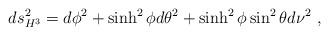
LaTeX: \begin{align*}ds_{H^3}^2 = d\phi ^2 + \sinh^2 \phi d \theta ^2 + \sinh^2 \phi \sin^2\theta d \nu^2 \ ,\end{align*}